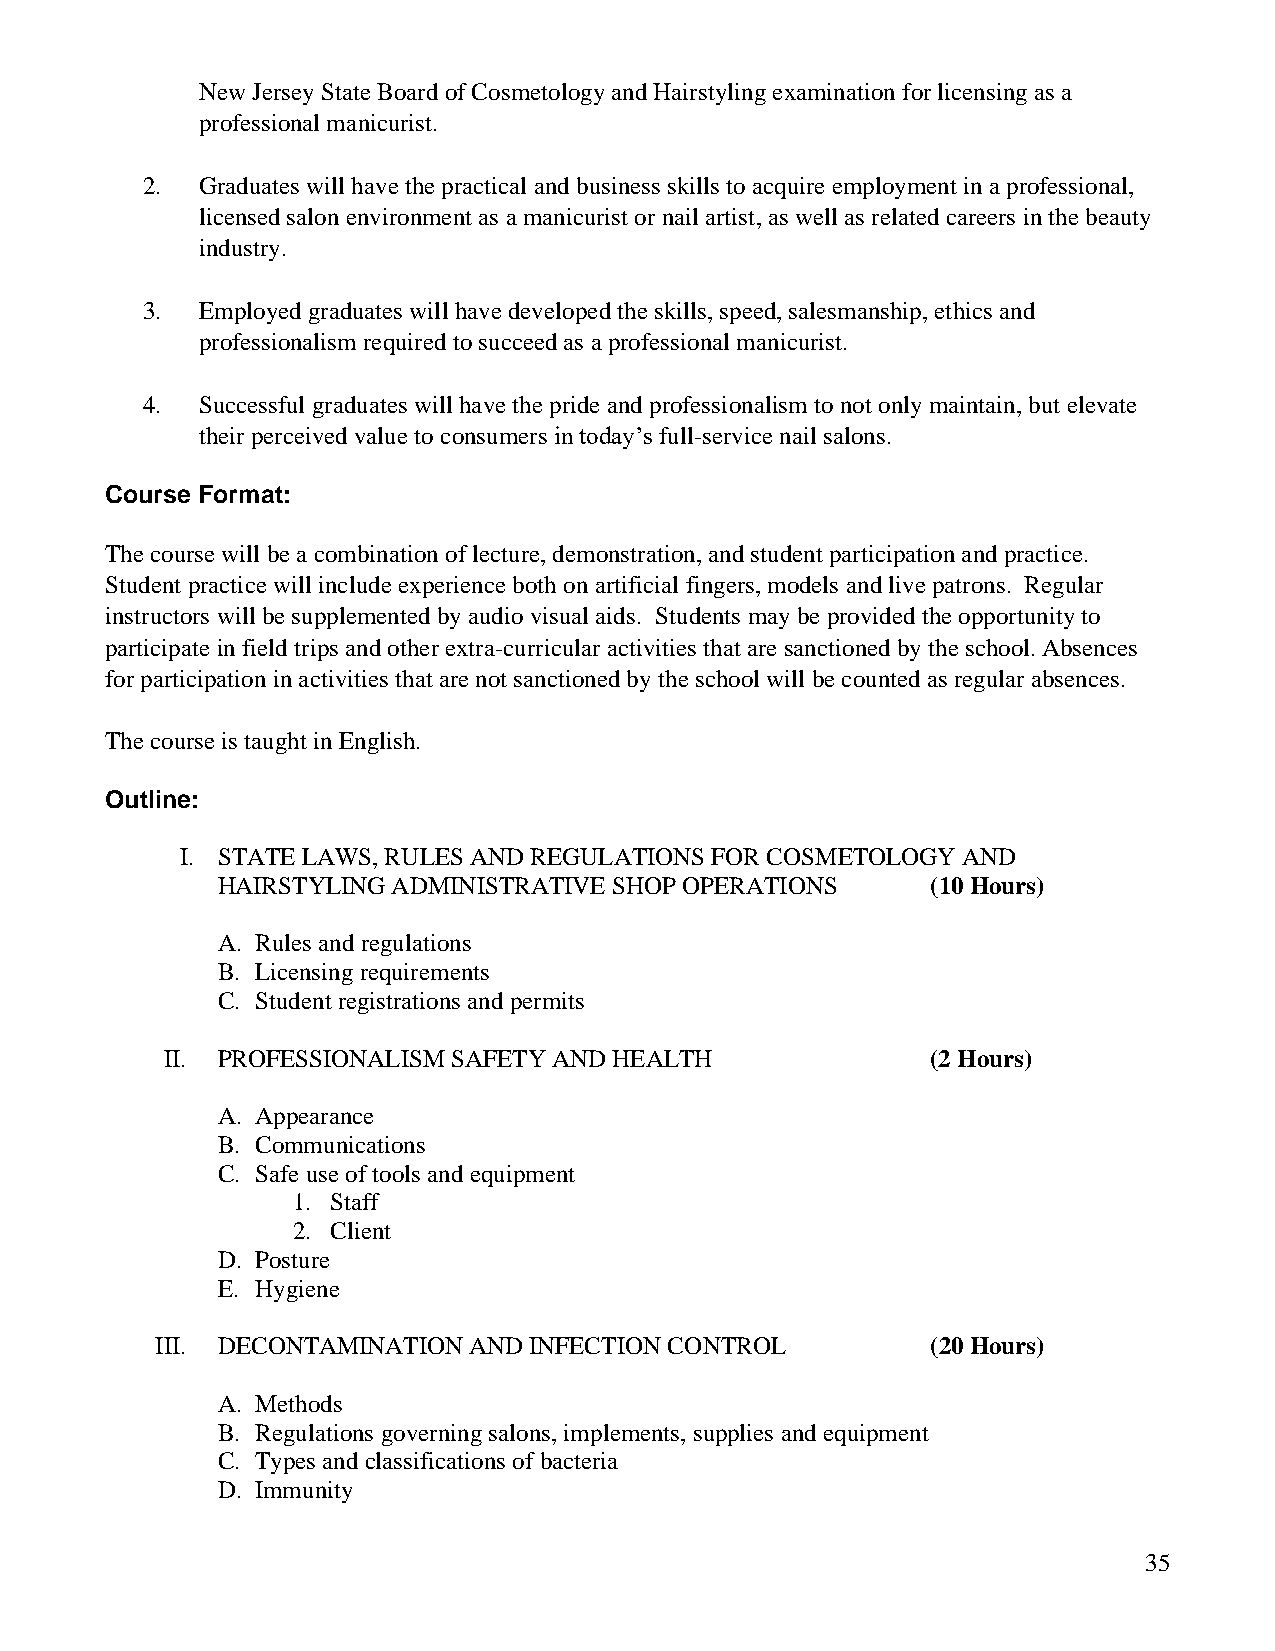
New Jersey State Board of Cosmetology and Hairstyling examination for licensing as a
 professional manicurist.
 2.  Graduates will have the practical and business skills to acquire employment in a professional,
 licensed salon environment as a manicurist or nail artist, as well as related careers in the beauty
 industry.
 3.  Employed graduates will have developed the skills, speed, salesmanship, ethics and
 professionalism required to succeed as a professional manicurist.
 4.  Successful graduates will have the pride and professionalism to not only maintain, but elevate
 their perceived value to consumers in today’s full-service nail salons.
 Course Format:
 The course will be a combination of lecture, demonstration, and student participation and practice.
 Student practice will include experience both on artificial fingers, models and live patrons. Regular
 instructors will be supplemented by audio visual aids. Students may be provided the opportunity to
 participate in field trips and other extra-curricular activities that are sanctioned by the school. Absences
 for participation in activities that are not sanctioned by the school will be counted as regular absences.
 The course is taught in English.
 Outline:
 I. STATE LAWS, RULES AND REGULATIONS FOR COSMETOLOGY AND
 HAIRSTYLING ADMINISTRATIVE SHOP OPERATIONS      (10 Hours)
 A. Rules and regulations
 B. Licensing requirements
 C. Student registrations and permits
 II. PROFESSIONALISM SAFETY AND HEALTH              (2 Hours)
 A. Appearance
 B. Communications
 C. Safe use of tools and equipment
 1. Staff
 2. Client
 D. Posture
 E. Hygiene
 III. DECONTAMINATION AND INFECTION CONTROL          (20 Hours)
 A. Methods
 B. Regulations governing salons, implements, supplies and equipment
 C. Types and classifications of bacteria
 D. Immunity
 35